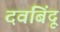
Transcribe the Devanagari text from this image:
दवबिंदू